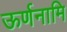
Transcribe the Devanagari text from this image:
ऊर्णनामि